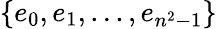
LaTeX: \{ e_{0},e_{1},...,e_{n^{2}-1}\}